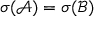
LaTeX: \sigma ( { \mathcal { A } } ) = \sigma ( { \mathcal { B } } )